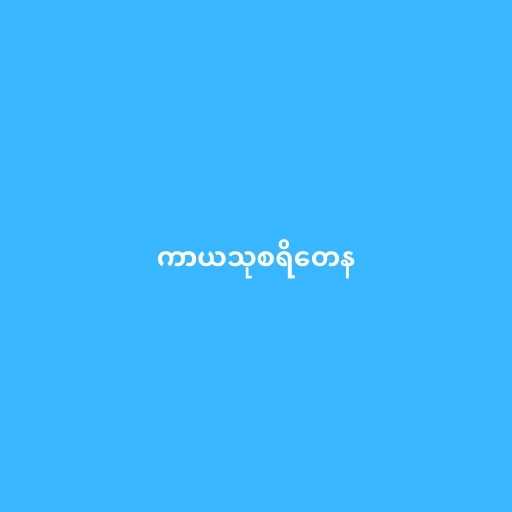
ကာယသုစရိတေန